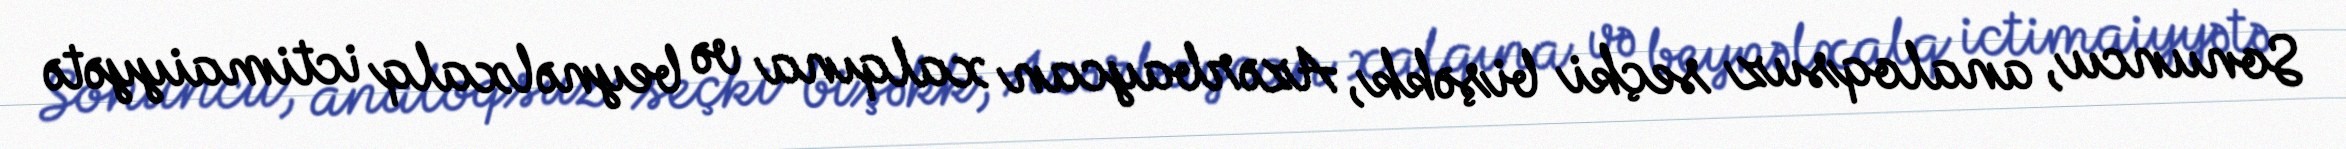
Sonuncu, analoqsuz seçki bişəkk, Azərbaycan xalqına və beynəlxalq ictimaiyyətə